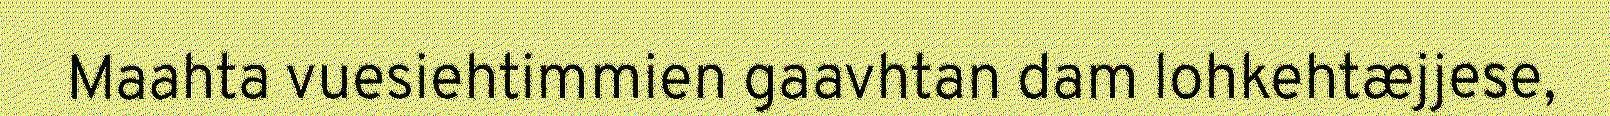
Maahta vuesiehtimmien gaavhtan dam lohkehtæjjese,